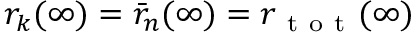
r _ { k } ( \infty ) = \bar { r } _ { n } ( \infty ) = r _ { \mathrm { ~ t ~ o ~ t ~ } } ( \infty )